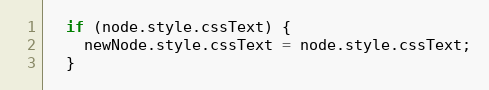
Language: JavaScript
  if (node.style.cssText) {
    newNode.style.cssText = node.style.cssText;
  }